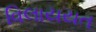
વિલાયયત